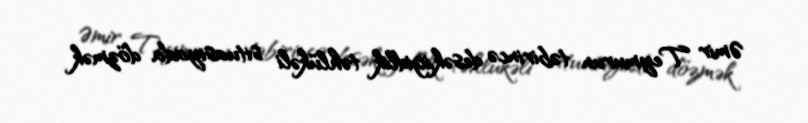
Əmir Teymurun təbirincə desək,igidlik təhlükəli situasiyada dözmək